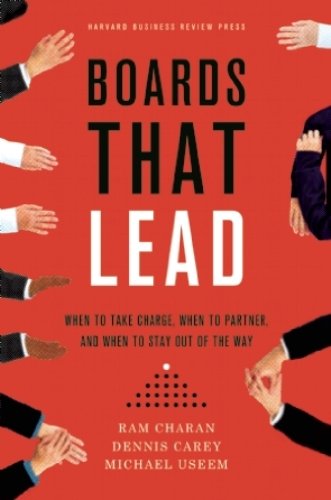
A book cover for Boards That Lead: When to Take Charge, When to Partner, and When to Stay Out of the Way; Ram Charan; Business & Money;